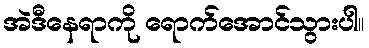
အဲဒီနေရာကို ရောက်အောင်သွားပါ။